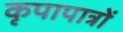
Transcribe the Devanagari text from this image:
कृपापात्रों